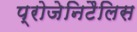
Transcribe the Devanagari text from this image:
प्रोजेनिटैलिस